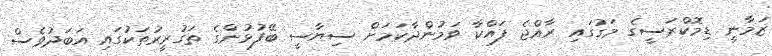
ޒަމާނީ ޑިމޮކްރަސީގެ މަގުގައި ރާއްޖެ ފައްކާ ވަމުންދާކަމަށް ސިޔާސީ ބޭފުޅުންގެ ތަގުރީރުތަކުގައި އަބަދުވެސް